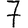
Digit: 7